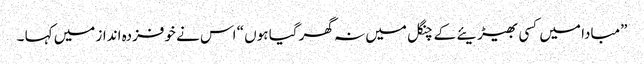
”مبادا میں کسی بھیڑیئے کے چنگل میں نہ گھر گیا ہوں “ اس نے خوفزدہ انداز میں کہا ۔